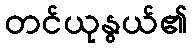
တင်ယုနွယ်၏